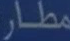
مطار